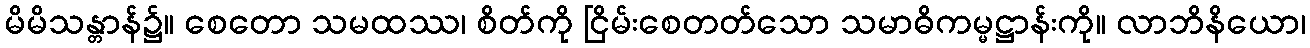
မိမိသန္တာန်၌။ စေတော သမထဿ၊ စိတ်ကို ငြိမ်းစေတတ်သော သမာဓိကမ္မဋ္ဌာန်းကို။ လာဘိနိယော၊